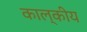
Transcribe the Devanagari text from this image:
काल्कीय